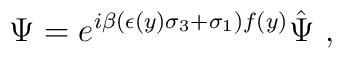
\Psi=e^{i\beta(\epsilon(y)\sigma_3+\sigma_1) f(y)}\hat{\Psi}\ ,